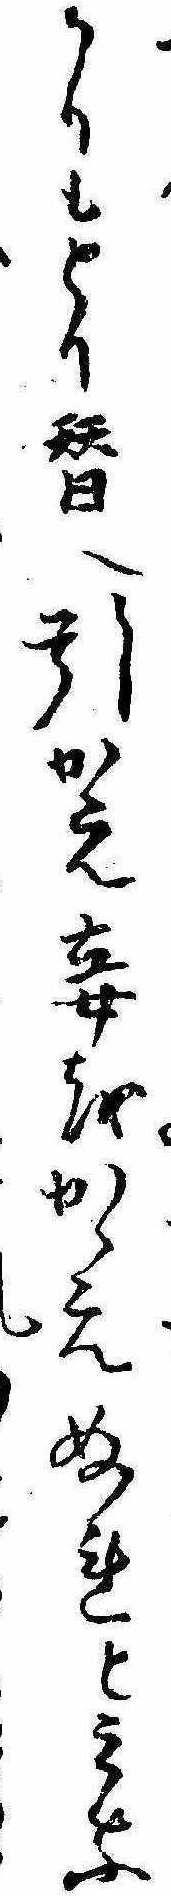
かりもとり替へ引かえ妾をかゝえぬれとみな